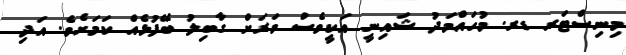
މިނިސްޓަރ ޑރ. މުހައްމަދު ޝައިނީ އަކީވެސް ވަރަށް ގާބިލު ބޭފުޅެއް ކަމަށެެވެ. އަދި